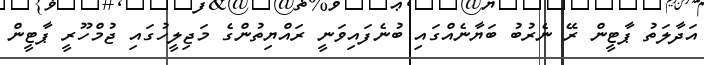
އަދާލަތު ޕާޓީން ރޭ ނެރުބު ބަޔާނެއްގައި ބުނެފައިވަނީ ރައްޔިތުންގެ މަޖިލީހުގައި ޖުމްހޫރީ ޕާޓީން